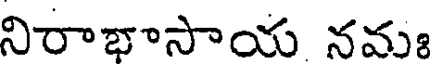
నిరాభాసాయ నమః